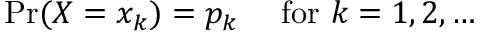
\Pr ( X = x _ { k } ) = p _ { k } \quad { \mathrm { ~ f o r ~ } } k = 1 , 2 , \ldots